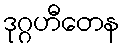
ဒုဂ္ဂဟီတေန